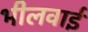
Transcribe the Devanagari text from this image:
भीलवाई